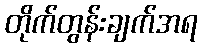
တိုက်တွန်းချက်အရ